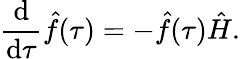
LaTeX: \frac{\mathrm{d}}{\mathrm{d}\tau}\hat{f}(\tau)=-\hat{f}(\tau)\hat{H}.